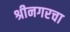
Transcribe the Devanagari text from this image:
श्रीनगरचा